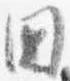
国